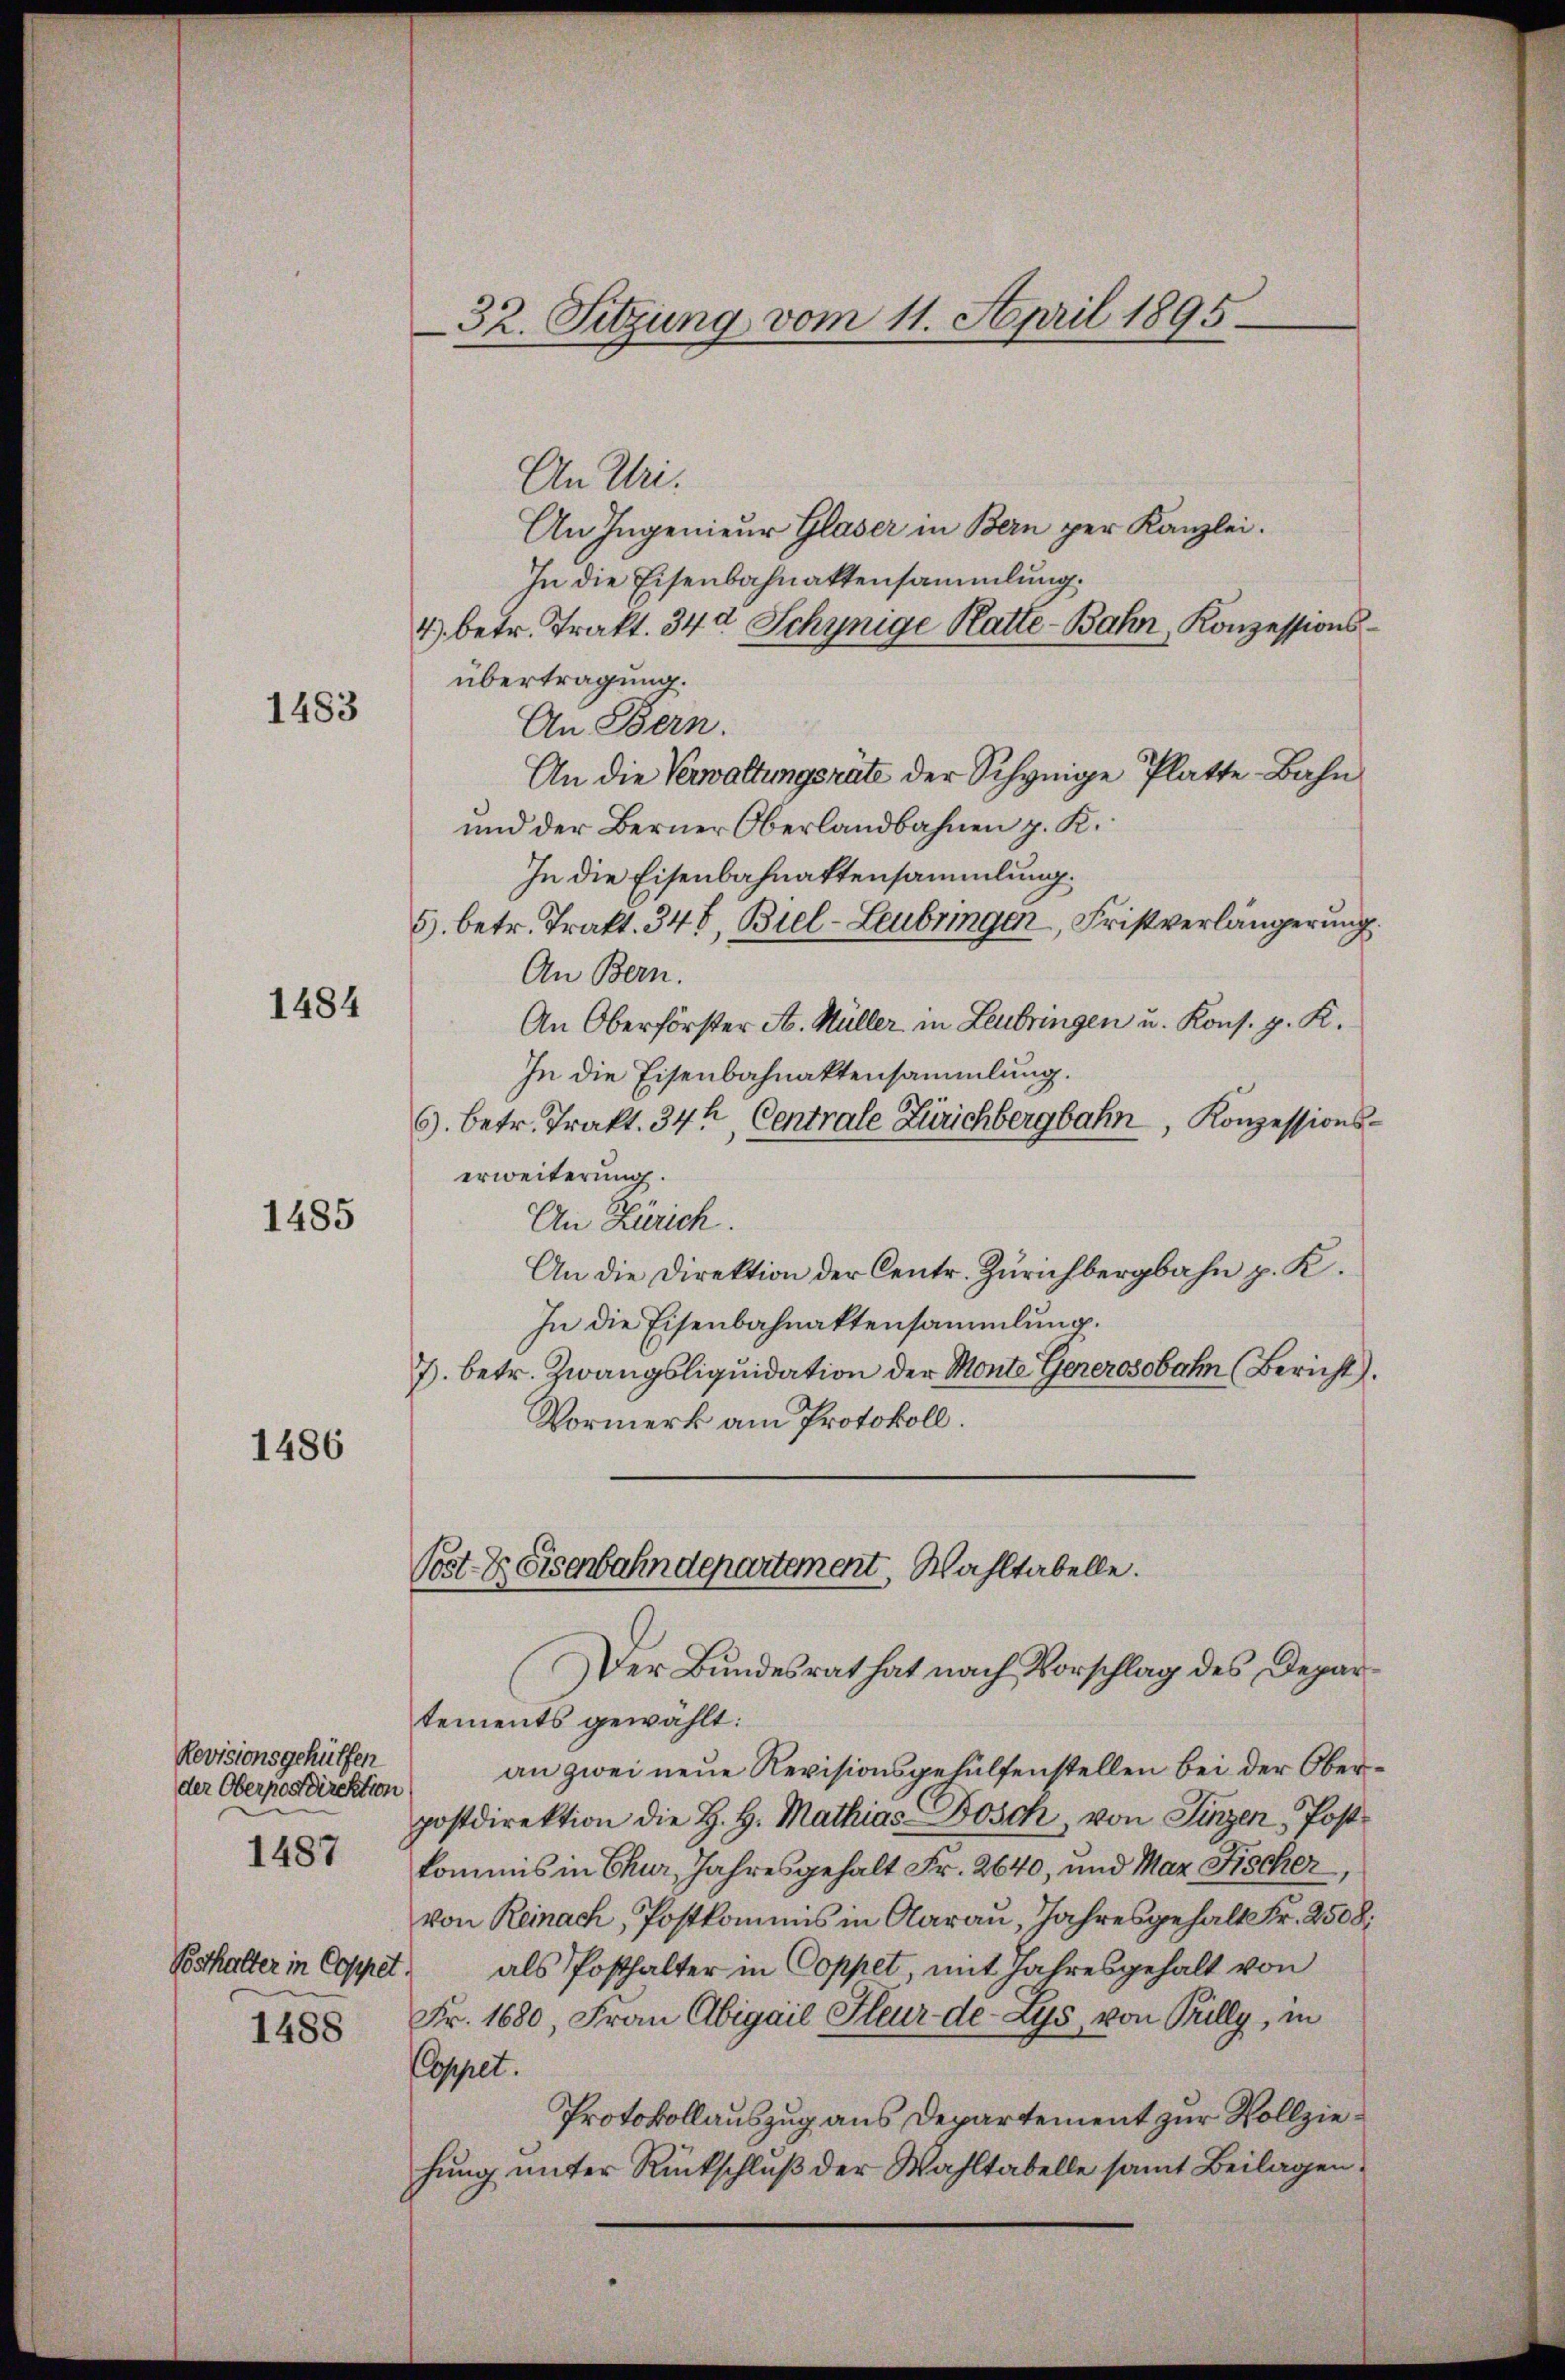
1483

1484

1485

1486

Revisionsgehülfen
der Oberpostdirektion
Posthalter in Coppet.
1488

1487

32. Sitzung vom 11. April 1895

An Uri.
An Ingenieur Glaser in Bern per Kanzlei.
In die Eisenbahnaktensammlung.
4) betr. Trakt. 344 Schynige Katte - Bahn, Konzessionsübertragung.
An Bern.
An die Verwaltungsräte der Schynige Platte-Bahn
und der Berner Oberlandbahnen z. K.
In die Eisenbahnattensammlung.
5. betr. Trakt. 348, Biel-Leubringen, Fristverlängerung.
An Bern.
An Oberförster A. Müller in Leubringen u. Kons. g. K.
In die Eisenbahnaktensammlung.
6). Betr. Trakt. 34 Centrale Zürichbergbahn, Konzessionserweiterung.
An Zürich.
An die Direktion der Centr. Zürichbergbahn p. K.
In die Eisenbahnaktensammlung.
7. betr. Zwangsliquidation der Monte Gererosobahn (Bericht.
Vormerk am Protokoll.

Post- & Eisenbahndepartement. Wahltabelle.
Der Bundesrat hat nach Vorschlag des Depar¬

tements gewählt:
an zwei neue Revisionsgehülfenstellen bei der Oberpostdirektion die H. H. Mathias Bösch, von Linzen, Post
kommis in Chur, Jahresgehalt Fr. 2640, und Mar Fischer,
von Reinach, Postkommis in Aarau, Jahresgehalt Fr. 2508:
als Posthalter in Coppet, mit Jahresgehalt von
Fr. 1680, Frau Abigail Feur de Lys, von Pilly, in
Coppet.
Protokollauszug aus Departement zur Vollziehung unter Rückschluß der Wahltabelle samt Beilagen,